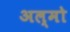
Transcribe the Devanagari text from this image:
अल्मो